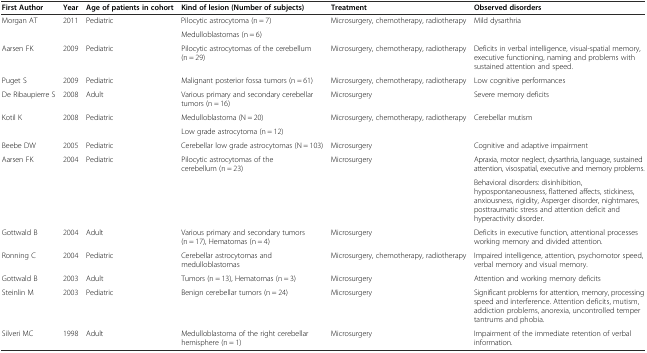
<table><thead><tr><td><b>First Author</b></td><td><b>Year</b></td><td><b>Age of patients in cohort</b></td><td><b>Kind of lesion (Number of subjects)</b></td><td><b>Treatment</b></td><td><b>Observed disorders</b></td></tr></thead><tbody><tr><td rowspan="2">Morgan AT</td><td rowspan="2">2011</td><td rowspan="2">Pediatric</td><td>Pilocytic astrocytoma (n = 7)</td><td rowspan="2">Microsurgery, chemotherapy, radiotherapy</td><td rowspan="2">Mild dysarthria</td></tr><tr><td>Medulloblastomas (n = 6)</td></tr><tr><td>Aarsen FK</td><td>2009</td><td>Pediatric</td><td>Pilocytic astrocytomas of the cerebellum (n = 29)</td><td>Microsurgery, chemotherapy, radiotherapy</td><td>Deficits in verbal intelligence, visual-spatial memory, executive functioning, naming and problems with sustained attention and speed.</td></tr><tr><td>Puget S</td><td>2009</td><td>Pediatric</td><td>Malignant posterior fossa tumors (n = 61)</td><td>Microsurgery, chemotherapy, radiotherapy</td><td>Low cognitive performances</td></tr><tr><td>De Ribaupierre S</td><td>2008</td><td>Adult</td><td>Various primary and secondary cerebellar tumors (n = 16)</td><td>Microsurgery</td><td>Severe memory deficits</td></tr><tr><td rowspan="2">Kotil K</td><td rowspan="2">2008</td><td rowspan="2">Pediatric</td><td>Medulloblastoma (N = 20)</td><td rowspan="2">Microsurgery, chemotherapy, radiotherapy</td><td rowspan="2">Cerebellar mutism</td></tr><tr><td>Low grade astrocytoma (n = 12)</td></tr><tr><td>Beebe DW</td><td>2005</td><td>Pediatric</td><td>Cerebellar low grade astrocytomas (N = 103)</td><td>Microsurgery</td><td>Cognitive and adaptive impairment</td></tr><tr><td rowspan="2">Aarsen FK</td><td rowspan="2">2004</td><td rowspan="2">Pediatric</td><td rowspan="2">Pilocytic astrocytomas of the cerebellum (n = 23)</td><td rowspan="2">Microsurgery</td><td>Apraxia, motor neglect, dysarthria, language, sustained attention, visospatial, executive and memory problems.</td></tr><tr><td>Behavioral disorders: disinhibition, hypospontaneousness, flattened affects, stickiness, anxiousness, rigidity, Asperger disorder, nightmares, posttraumatic stress and attention deficit and hyperactivity disorder.</td></tr><tr><td>Gottwald B</td><td>2004</td><td>Adult</td><td>Various primary and secondary tumors (n = 17), Hematomas (n = 4)</td><td>Microsurgery</td><td>Deficits in executive function, attentional processes working memory and divided attention.</td></tr><tr><td>Ronning C</td><td>2004</td><td>Pediatric</td><td>Cerebellar astrocytomas and medulloblastomas</td><td>Microsurgery, chemotherapy, radiotherapy</td><td>Impaired intelligence, attention, psychomotor speed, verbal memory and visual memory.</td></tr><tr><td>Gottwald B</td><td>2003</td><td>Adult</td><td>Tumors (n = 13), Hematomas (n = 3)</td><td>Microsurgery</td><td>Attention and working memory deficits</td></tr><tr><td>Steinlin M</td><td>2003</td><td>Pediatric</td><td>Benign cerebellar tumors (n = 24)</td><td>Microsurgery</td><td>Significant problems for attention, memory, processing speed and interference. Attention deficits, mutism, addiction problems, anorexia, uncontrolled temper tantrums and phobia.</td></tr><tr><td>Silveri MC</td><td>1998</td><td>Adult</td><td>Medulloblastoma of the right cerebellar hemisphere (n = 1)</td><td>Microsurgery</td><td>Impairment of the immediate retention of verbal information.</td></tr></tbody></table>